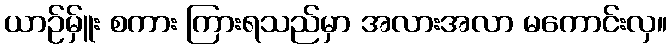
ယာဉ်မ်ှူး စကား ကြားရသည်မှာ အလားအလာ မကောင်းလှ။